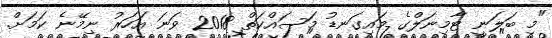
"މި ބަލަނީ ޓާމިނަލްގެ މައިގަނޑު މަސައްކަތް 2018 ވަނަ އަހަރު ނިމޭނެ ކަމަށް.